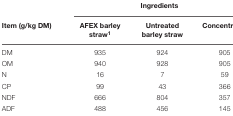
<table><thead><tr><td></td><td colspan="3"><b>Ingredients</b></td></tr><tr><td><b>Item (g/kg DM)</b></td><td><b>AFEX barley straw<sup>1</sup></b></td><td><b>Untreated barley straw</b></td><td><b>Concentrate<sup>2</sup></b></td></tr></thead><tbody><tr><td>DM</td><td>935</td><td>924</td><td>905</td></tr><tr><td>OM</td><td>940</td><td>928</td><td>905</td></tr><tr><td>N</td><td>16</td><td>7</td><td>59</td></tr><tr><td>CP</td><td>99</td><td>43</td><td>366</td></tr><tr><td>NDF</td><td>666</td><td>804</td><td>357</td></tr><tr><td>ADF</td><td>488</td><td>456</td><td>145</td></tr></tbody></table>